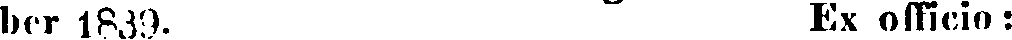
ber 1839 Ex officio: